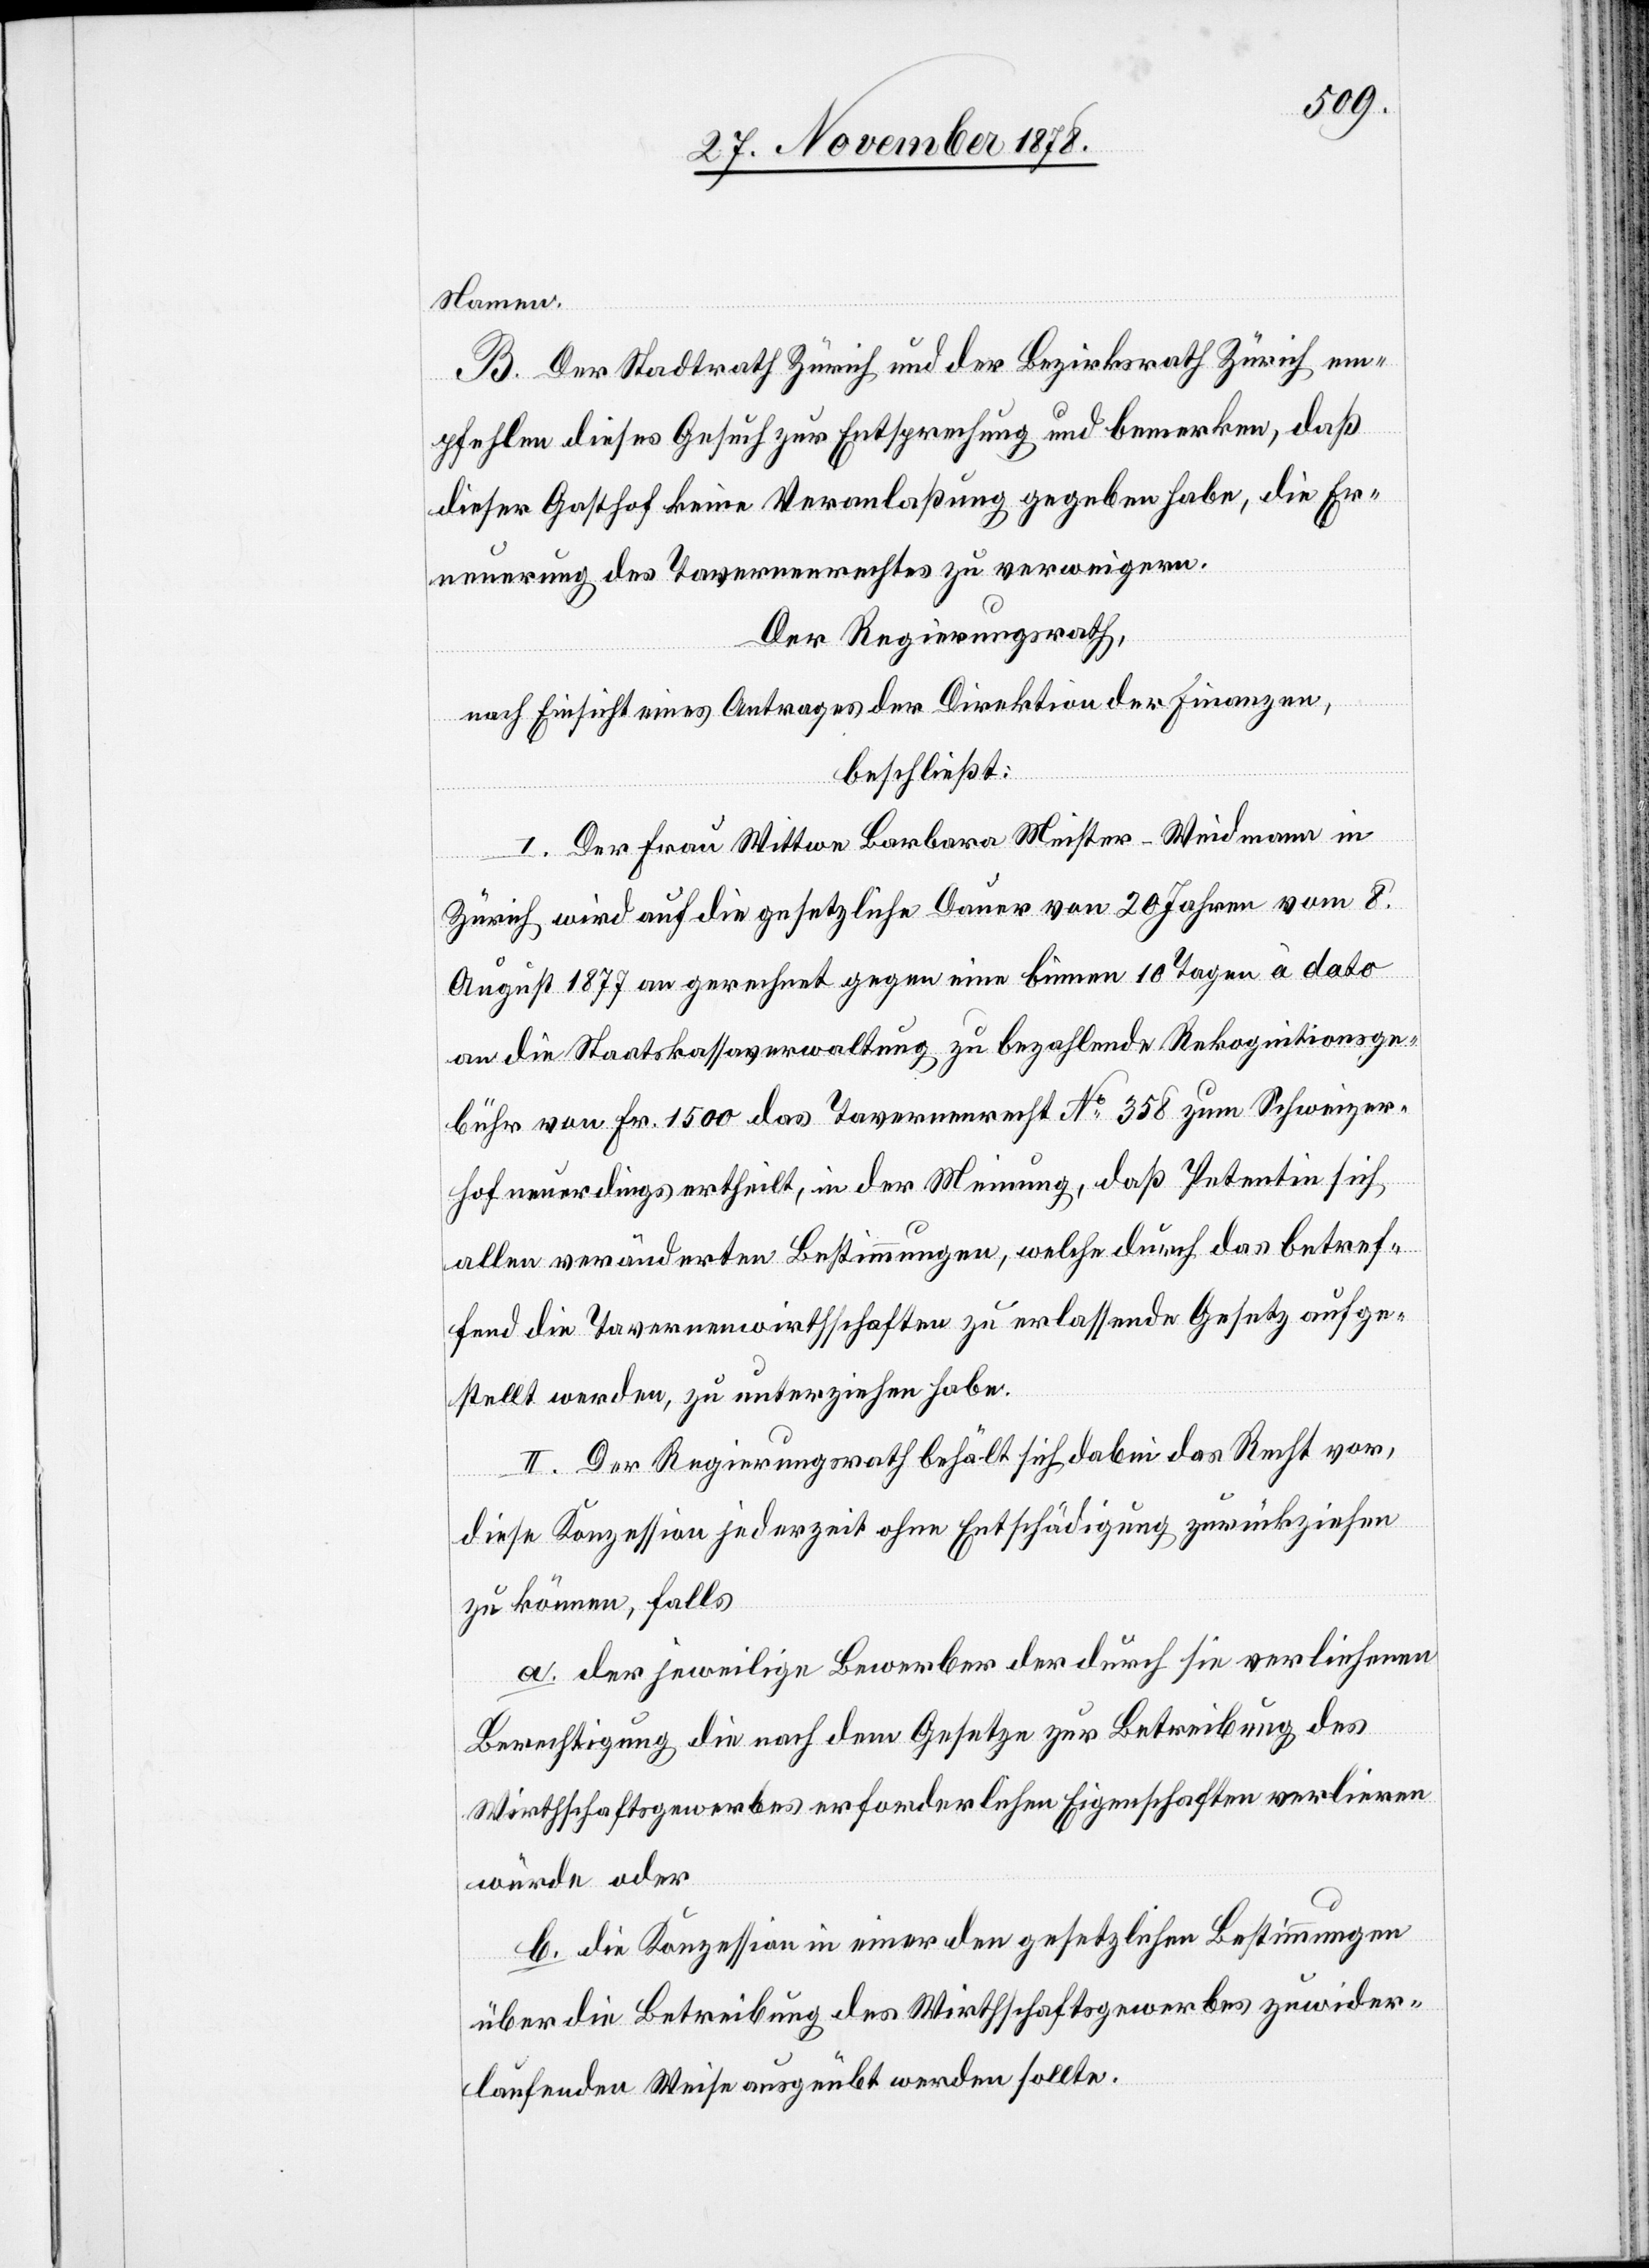
Namen.
B. Der Stadtrath Zürich und der Bezirksrath Zürich em¬
pfehlen das Gesuch zur Entsprechung und bemerken, daß
dieser Gasthof keine Veranlaßung gegeben habe, die Er¬
neuerung des Tavernenrechtes zu verweigern.
Der Regierungsrath,
nach Einsicht eines Antrages der Direktion der Finanzen,
beschließt:
I. Dee Frau Wittwe Barabra Meister-Weidmann in
Zürich wird auf die gesetzliche Dauer von 20 Jahren vom 8.
August 1877 an gerechnet gegen eine binnen 10 Tagen à dato
an die Staatskassaverwaltung zu bezahlende Rekognitionsge¬
bühr von Fr. 1500 das Tavernenrecht No 358 zum Schweizer¬
hof neuerdings ertheilt, in der Meinung, daß Petentin sich
allen veränderten Bestimmungen, welche durch das betref¬
fend die Tavernenwirthschaften zu erlassende Gesetz aufge¬
stellt werden, zu unterziehen habe.
II. Der Regierungsrath behält sich dabei das Recht vor,
diese Konzession jederzeit ohne Entschädigung zurückzuziehen
zu können, falls
der jeweilige Bewerber der durch sie verliehenen
Berechtigung die nach dem Gesetze zur Betreibung des
Wirthschaftsgewerbes erforderlichen Eigenschaften verlieren
würde oder
die Konzession in einer den gesetzlichen Bestimmungen
über die Betreibung des Wirthschaftsgewerbes zuwider¬
laufenden Weise ausgeübt werden sollte.